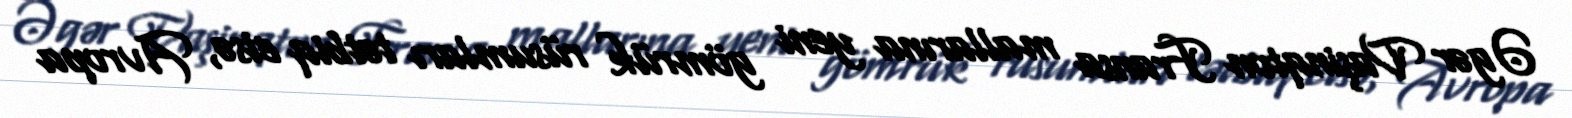
Əgər Vaşinqton Fransa mallarına yeni gömrük rüsumları tətbiq etsə, Avropa